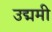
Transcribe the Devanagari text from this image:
उद्ममी